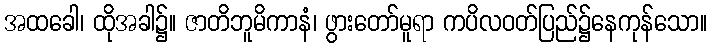
အထခေါ၊ ထိုအခါ၌။ ဇာတိဘူမိကာနံ၊ ဖွားတော်မူရာ ကပိလဝတ်ပြည်၌နေကုန်သော။